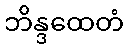
ဘိန္ဒထေတံ